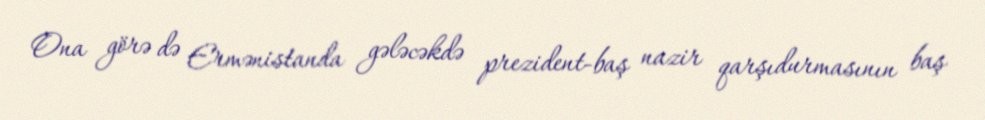
Ona görə də Ermənistanda gələcəkdə prezident-baş nazir qarşıdurmasının baş